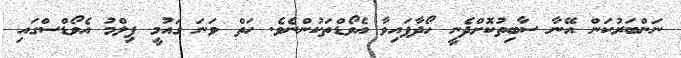
ނަންބަރުކަން އޭނާ ސާބިތުކޮށްދެނީ ހޯދާފައިވާ އެވޯޑްތަކުންނެވެ. ހަތް ވަނަ ގައުމީ ފިލްމު އެވޯޑްސްގައި